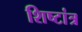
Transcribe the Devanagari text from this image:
शिष्टांत्र